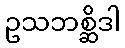
ဥသဘစ္ဆိဒါ